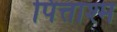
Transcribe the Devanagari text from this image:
पित्ताश्म